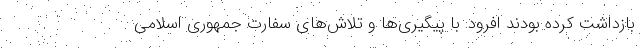
بازداشت کرده بودند افرود: با پیگیری‌ها و تلاش‌های سفارت جمهوری اسلامی